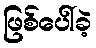
ဖြစ်ပေါ်ခဲ့